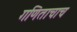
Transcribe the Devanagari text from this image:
गणिताचाच